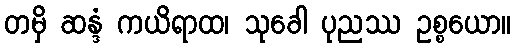
တမှိ ဆန္ဒံ ကယိရာထ၊ သုခေါ ပုညဿ ဥစ္စယော။